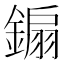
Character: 䥇